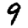
Digit: 9